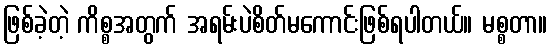
ဖြစ်ခဲ့တဲ့ ကိစ္စအတွက် အရမ်းပဲစိတ်မကောင်းဖြစ်ရပါတယ်။ မစ္စတာ။